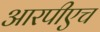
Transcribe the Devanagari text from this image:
आरपीएच